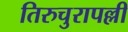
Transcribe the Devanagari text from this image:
तिरुचुरापल्ली